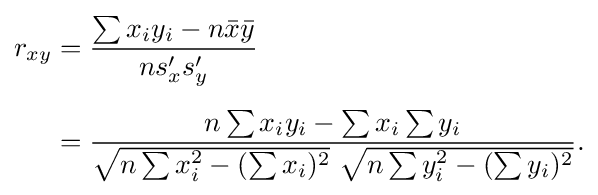
{\begin{aligned}r_{xy}&={\frac {\sum x_{i}y_{i}-n{\bar {x}}{\bar {y}}}{ns'_{x}s'_{y}}}\\[5pt]&={\frac {n\sum x_{i}y_{i}-\sum x_{i}\sum y_{i}}{{\sqrt {n\sum x_{i}^{2}-(\sum x_{i})^{2}}}~{\sqrt {n\sum y_{i}^{2}-(\sum y_{i})^{2}}}}}.\end{aligned}}